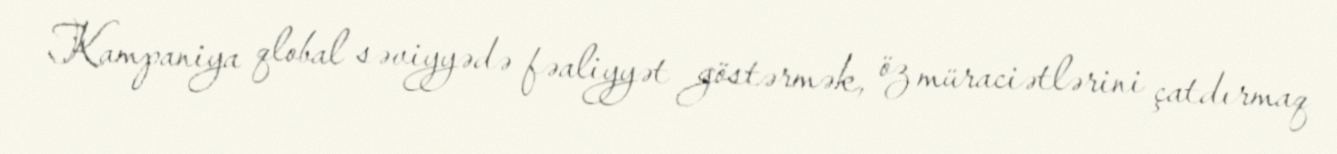
Kampaniya qlobal səviyyədə fəaliyyət göstərmək, öz müraciətlərini çatdırmaq